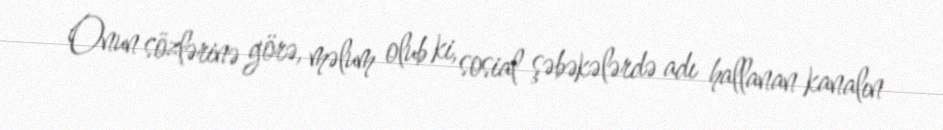
Onun sözlərinə görə, məlum olub ki, sosial şəbəkələrdə adı hallanan kanalın